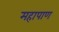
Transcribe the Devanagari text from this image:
महापाण